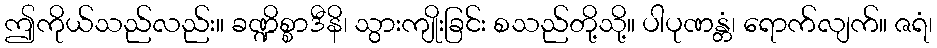
ဤကိုယ်သည်လည်း။ ခဏ္ဍိစ္စာဒီနိ၊ သွားကျိုးခြင်း စသည်တို့သို့။ ပါပုဏန္တံ၊ ရောက်လျက်။ ဇရံ၊